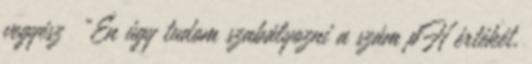
vegyész „Én úgy tudom szabályozni a szám pH értékét,